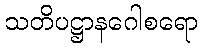
သတိပဋ္ဌာနဂေါစရော